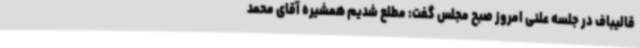
قالیباف در جلسه علنی امروز صبح مجلس گفت: مطلع شدیم همشیره آقای محمد